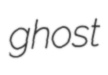
ghost